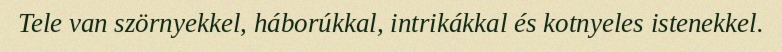
Tele van szörnyekkel, háborúkkal, intrikákkal és kotnyeles istenekkel.